Annual administration report of the Civil Veterinary Department, Ajmere-Merwara, British Rajputana - 1914-1940
Year: 1914
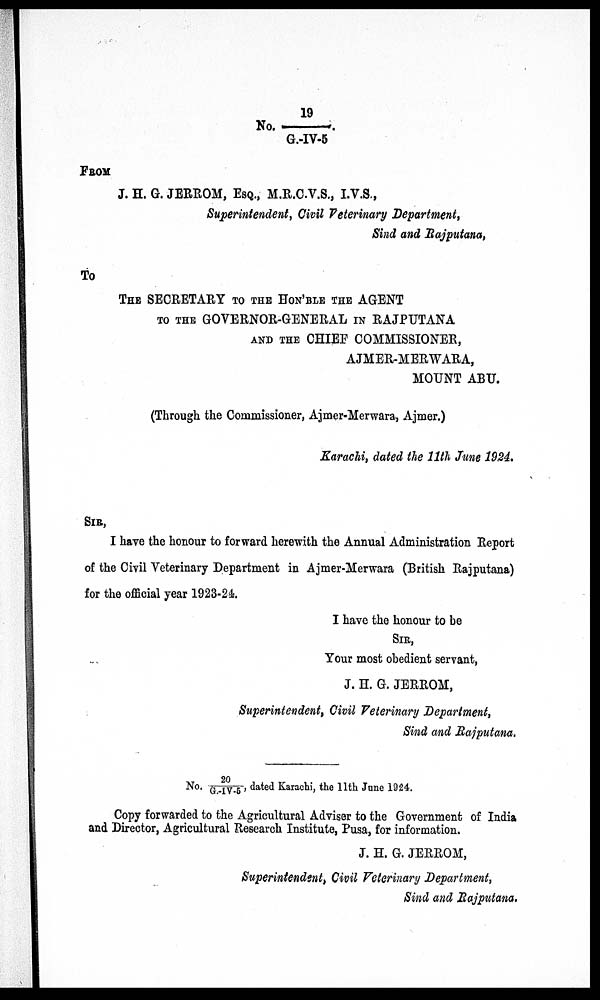
19
No. 19/G.-IV-5
FROM
J. H. G. JERROM, ESQ., M.R.C.V.S., I.V.S.,
Superintendent, Civil Veterinary Department,
Sind and Rajputana,
To
THE SECRETARY TO THE HON'BLE THE AGENT
TO THE GOVERNOR-GENERAL IN RAJPUTANA
AND THE CHIEF COMMISSIONER,
AJMER-MERWARA,
MOUNT ABU.
(Through the Commissioner, Ajmer-Merwara, Ajmer.)
Karachi, dated the 11th June 1924.
SIR,
I have the honour to forward herewith the Annual Administration Report
of the Civil Veterinary Department in Ajmer-Merwara (British Rajputana)
for the official year 1923-24.
I have the honour to be
SIR,
Your most obedient servant,
J. H. G. JERROM,
Superintendent, Civil Veterinary Department,
Sind and Rajputana.
20
No. 20/G.-IV-5, dated Karachi, the 11th June 1924.
Copy forwarded to the Agricultural Adviser to the Government of India
and Director, Agricultural Research Institute, Pusa, for information.
J. H. G. JERROM,
Superintendent, Civil Veterinary Department,
Sind and Rajputana.